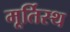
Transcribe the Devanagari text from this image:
मूर्तिस्थ